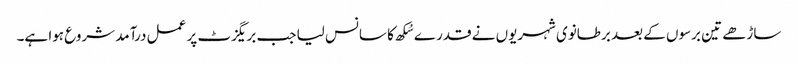
ساڑھے تین برسوں کے بعد برطانوی شہریوں نے قدرے سُکھ کا سانس لیا جب بریگزٹ پر عمل درآمد شروع ہوا ہے۔